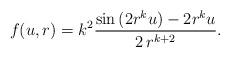
LaTeX: \begin{align*}f(u,r)=k^2\frac{\sin{(2r^ku)}-2r^ku}{2\,r^{k+2}}.\end{align*}